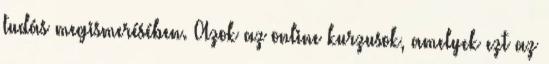
tudás megismerésében. Azok az online kurzusok, amelyek ezt az